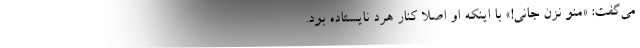
می‌گفت:‌ «منو نزن جانی!» با اینکه او اصلاً کنار هرد نایستاده بود.